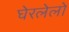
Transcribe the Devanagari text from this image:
घेरलेलो